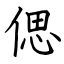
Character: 偲